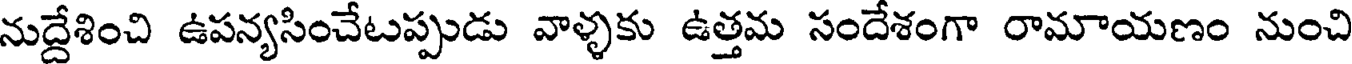
నుద్దేశించి ఉపన్యసించేటప్పుడు వాళ్ళకు ఉత్తమ సందేశంగా రామాయణం నుంచి